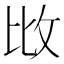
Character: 𢻹